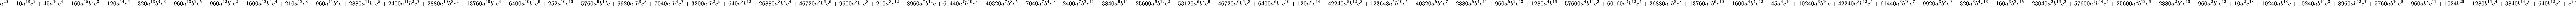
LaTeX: a^{20}+10a^{18}c^{2}+45a^{16}c^{4}+160a^{15}b^{2}c^{3}+120a^{14}c^{6}+320a^{13}b^{4}c^{3}+960a^{13}b^{2}c^{5}+960a^{12}b^{6}c^{2}+1600a^{12}b^{4}c^{4}+210a^{12}c^{8}+960a^{11}b^{8}c+2880a^{11}b^{4}c^{5}+2400a^{11}b^{2}c^{7}+2880a^{10}b^{8}c^{2}+13760a^{10}b^{6}c^{4}+6400a^{10}b^{4}c^{6}+252a^{10}c^{10}+5760a^{9}b^{10}c+9920a^{9}b^{8}c^{3}+7040a^{9}b^{4}c^{7}+3200a^{9}b^{2}c^{9}+640a^{8}b^{12}+26880a^{8}b^{8}c^{4}+46720a^{8}b^{6}c^{6}+9600a^{8}b^{4}c^{8}+210a^{8}c^{12}+8960a^{7}b^{12}c+61440a^{7}b^{10}c^{3}+40320a^{7}b^{8}c^{5}+7040a^{7}b^{4}c^{9}+2400a^{7}b^{2}c^{11}+3840a^{6}b^{14}+25600a^{6}b^{12}c^{2}+53120a^{6}b^{8}c^{6}+46720a^{6}b^{6}c^{8}+6400a^{6}b^{4}c^{10}+120a^{6}c^{14}+42240a^{5}b^{12}c^{3}+123648a^{5}b^{10}c^{5}+40320a^{5}b^{8}c^{7}+2880a^{5}b^{4}c^{11}+960a^{5}b^{2}c^{13}+1280a^{4}b^{16}+57600a^{4}b^{14}c^{2}+60160a^{4}b^{12}c^{4}+26880a^{4}b^{8}c^{8}+13760a^{4}b^{6}c^{10}+1600a^{4}b^{4}c^{12}+45a^{4}c^{16}+10240a^{3}b^{16}c+42240a^{3}b^{12}c^{5}+61440a^{3}b^{10}c^{7}+9920a^{3}b^{8}c^{9}+320a^{3}b^{4}c^{13}+160a^{3}b^{2}c^{15}+23040a^{2}b^{16}c^{2}+57600a^{2}b^{14}c^{4}+25600a^{2}b^{12}c^{6}+2880a^{2}b^{8}c^{10}+960a^{2}b^{6}c^{12}+10a^{2}c^{18}+10240ab^{18}c+10240ab^{16}c^{3}+8960ab^{12}c^{7}+5760ab^{10}c^{9}+960ab^{8}c^{11}+1024b^{20}+1280b^{16}c^{4}+3840b^{14}c^{6}+640b^{12}c^{8}+c^{20}